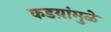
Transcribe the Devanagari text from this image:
कडय़ांमुळे